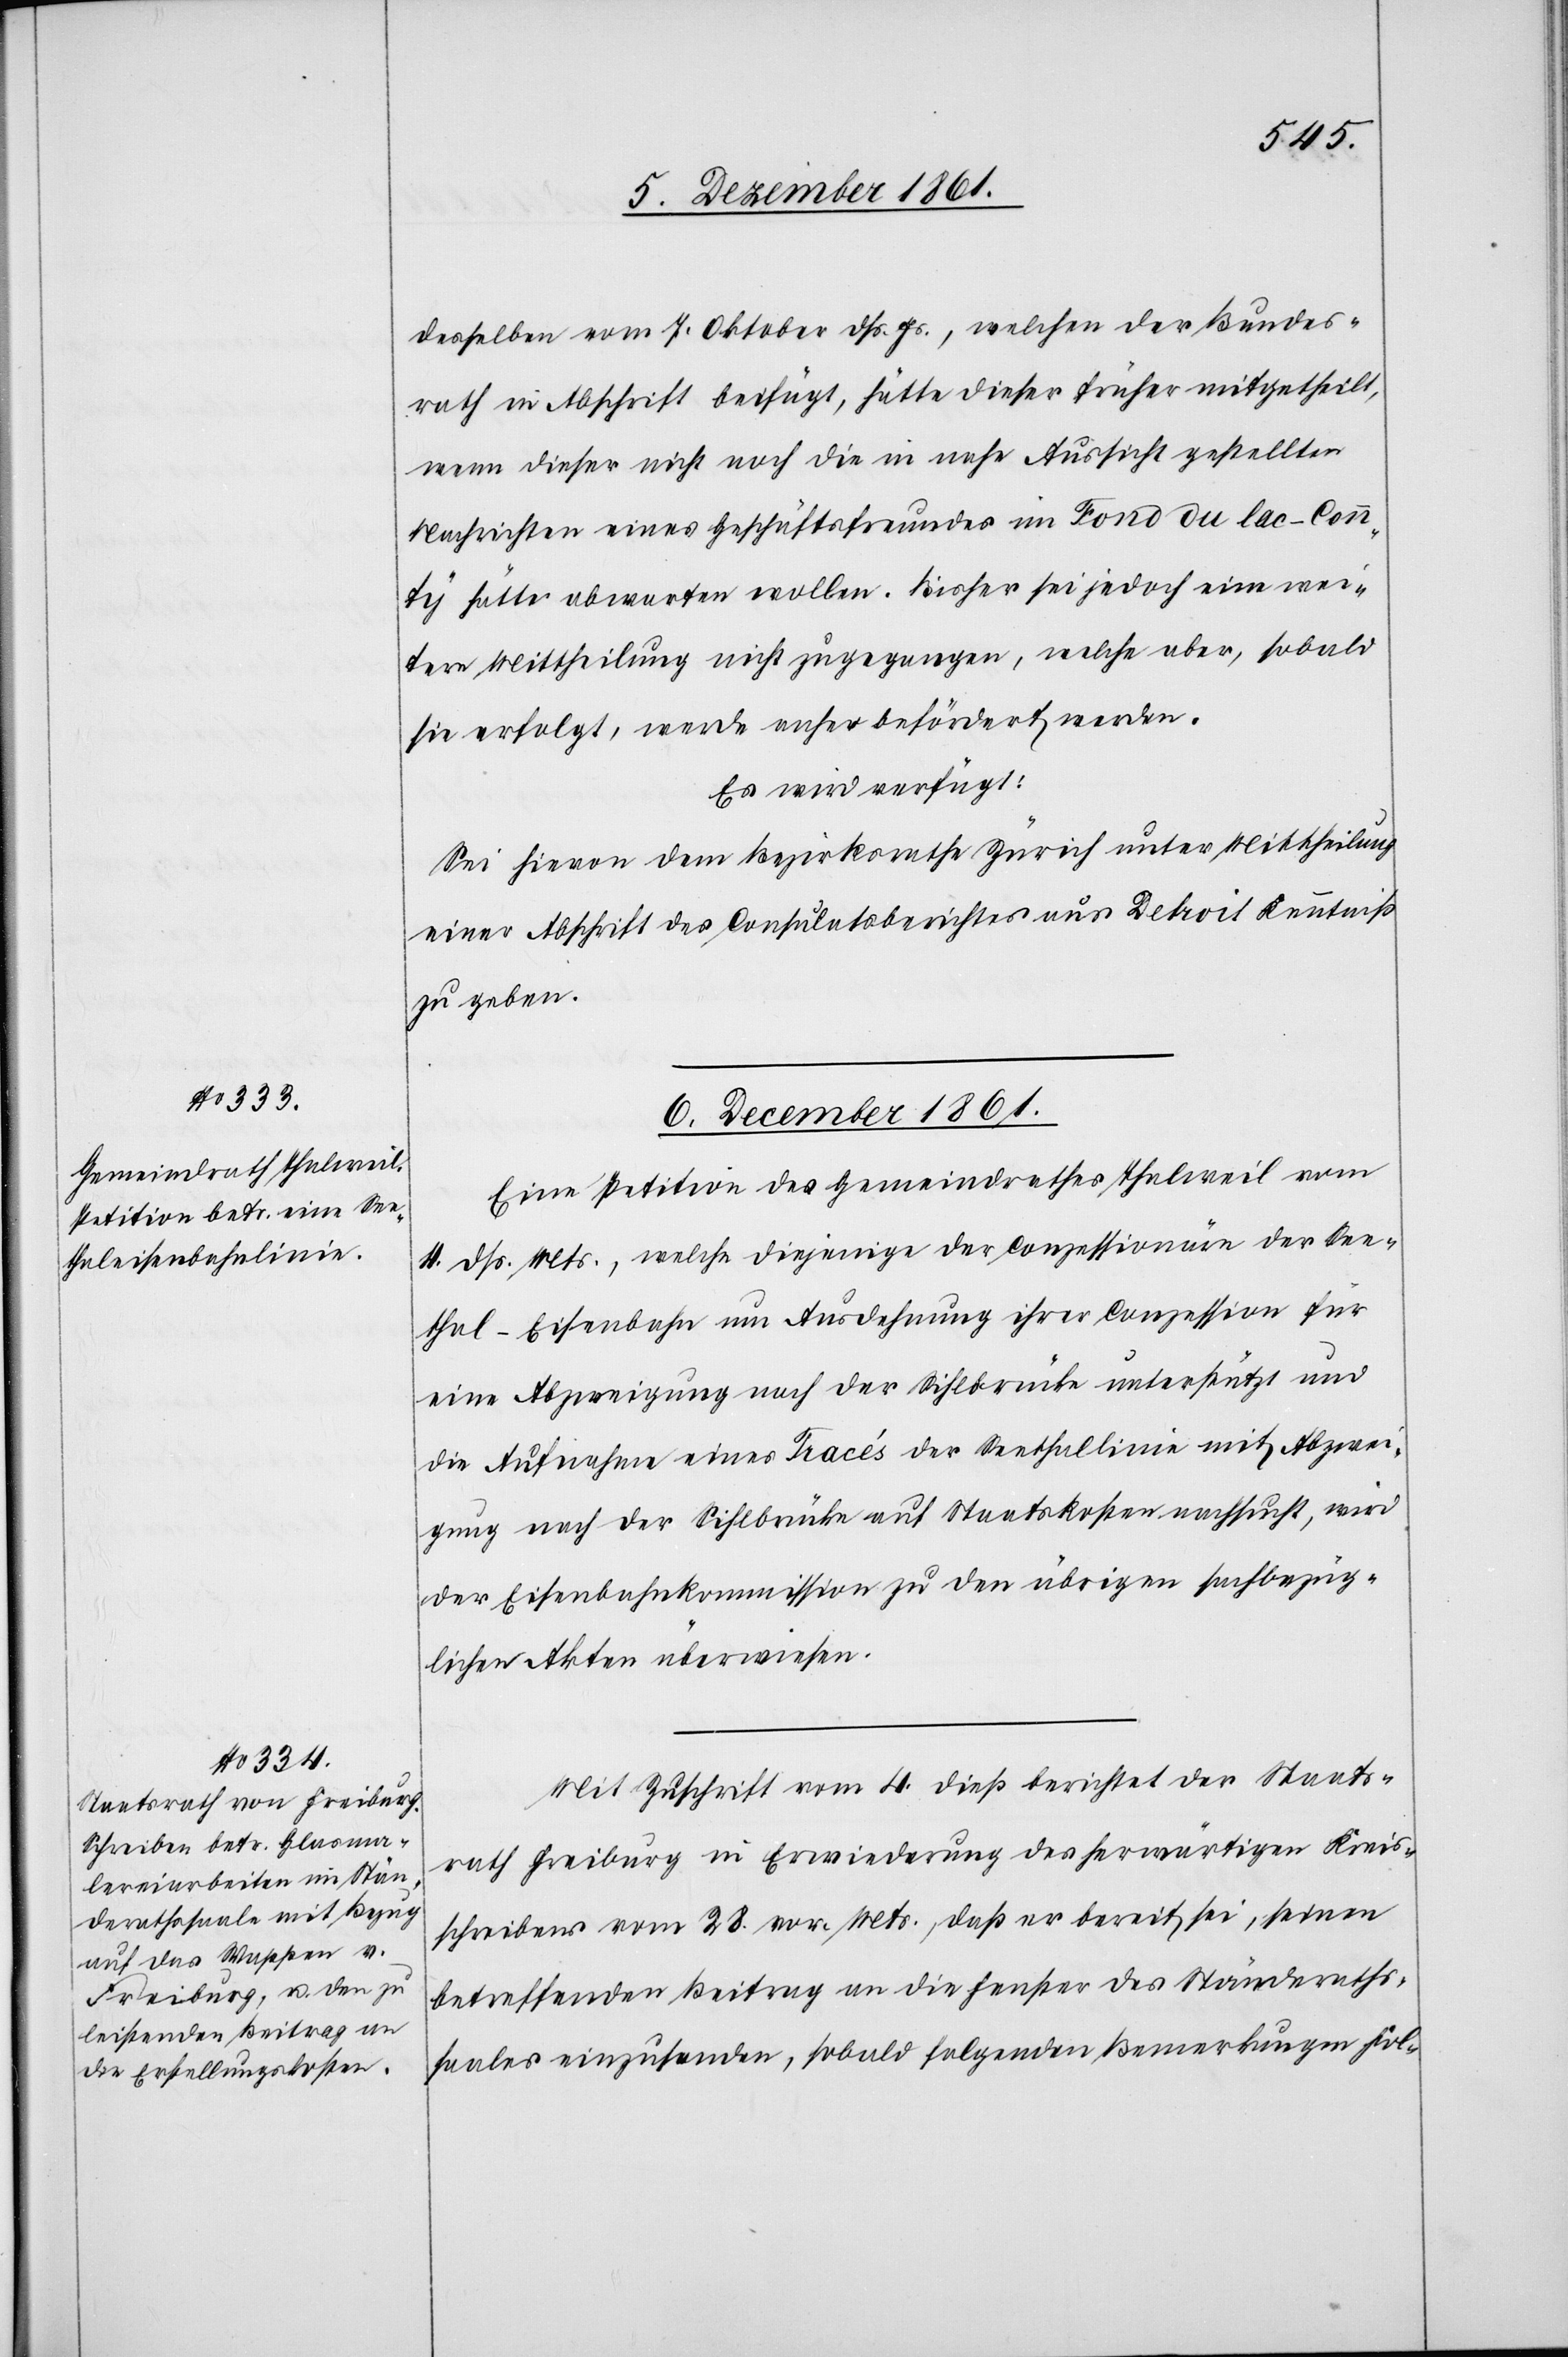
6 December 1861.]
desselben vom 7 Oktober dß. Js., welchen der Bundes¬
rath in Abschrift beifügt, hätte dieser früher mitgetheilt,
wenn dieser nicht noch die in nahe Aussicht gestellten
Nachrichten eines Geschäftsfreundes im Fond du lac-Coun¬
ty hätte abwarten wollen. Bisher sei jedoch eine wei¬
tere Mittheilung nicht zugegangen, welche, aber sobald
sie erfolgt, werde anher befördert werden.
Es wird verfügt:
Sei hievon dem Bezirksrathe Zürich unter Mittheilung
einer Abschrift des Consulatsberichtes aus Detroit Kenntniß
zu geben.
6 December 1861.
Eine Petition des Gemeindrathes Thalweil vom
4 dß. Mts., welche diejenige der Conzessionäre der See¬
thal-Eisenbahn um Ausdehnung ihrer Conzession für
eine Abzweigung nach der Sihlbrücke unterstützt und
die Aufnahme eines Tracés der Seethallinie mit Abzwei¬
gung nach der Sihlbrücke auf Staatskosten nachsucht, wird
der Eisenbahnkommission zu den übrigen sachbezüg¬
lichen Akten überwiesen.
Mit Zuschrift vom 4 dieß berichtet der Staats¬
rath Freiburg in Erwiederung des herwärtigen Kreis¬
schreibens vom 28 vor. Mts., daß er bereit sei, seinen
betreffenden Beitrag an die Fenster des Ständeraths¬
saales einzusenden, sobald folgenden Bemerkungen Fol-